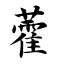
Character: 藿